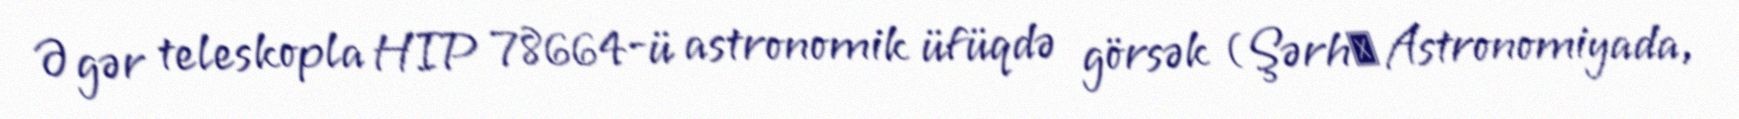
Əgər teleskopla HIP 78664-ü astronomik üfüqdə görsək (Şərhː Astronomiyada,